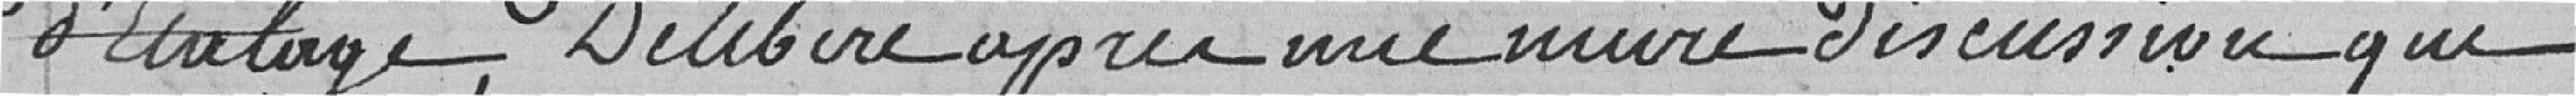
d'étalage, délibère après une mûre discussion que